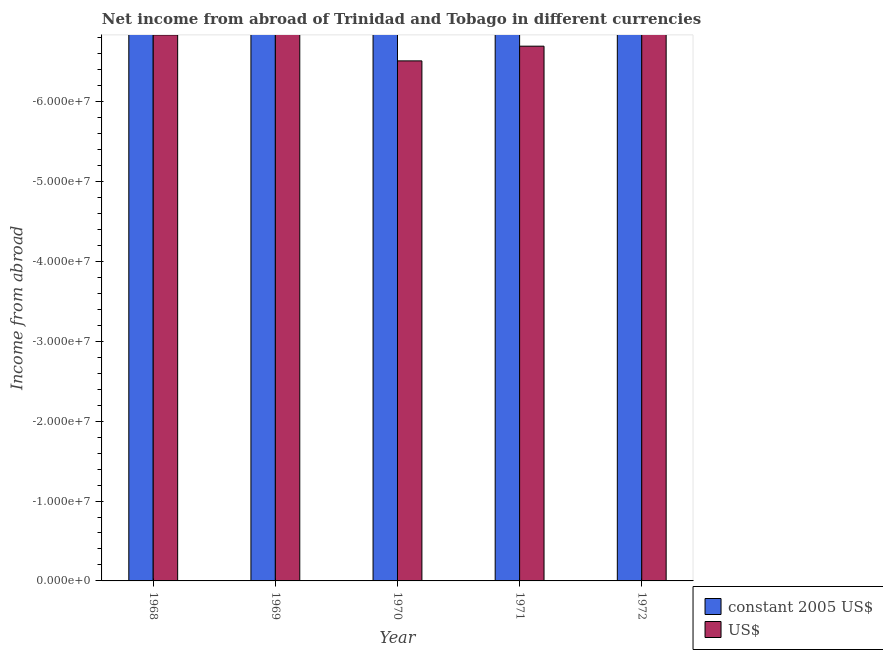
| Year | constant 2005 US$ | US$ |
 | --- | --- | --- |
 | 1968 | -1.37e+08 | -6.83e+07 |
 | 1969 | -1.43e+08 | -7.16e+07 |
 | 1970 | -1.3e+08 | -6.51e+07 |
 | 1971 | -1.32e+08 | -6.69e+07 |
 | 1972 | -1.36e+08 | -7.08e+07 |